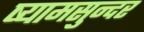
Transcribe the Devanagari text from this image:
ष्यामसुन्दर